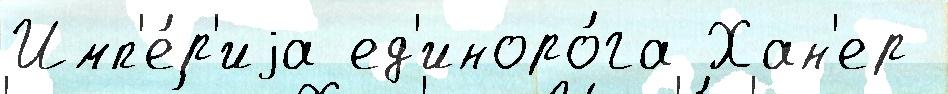
Имп'е́р'иjа ед'иноро́га Хан'ер